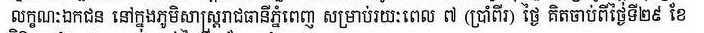
លក្ខណៈកជន នៅក្នុងភូមិសាស្ត្ររាជធានីភ្នំពេញ សម្រាប់រយៈពេល ៧ (ប្រាំពីរ) ថ្ងៃ គិតចាប់ពីថ្ងៃទី២៩ ខែ